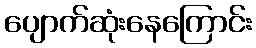
ပျောက်ဆုံးနေကြောင်း